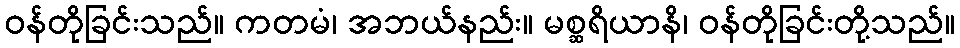
ဝန်တိုခြင်းသည်။ ကတမံ၊ အဘယ်နည်း။ မစ္ဆရိယာနိ၊ ဝန်တိုခြင်းတို့သည်။